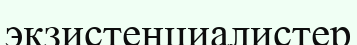
экзистенциалистер